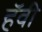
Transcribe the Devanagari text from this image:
हॅवी